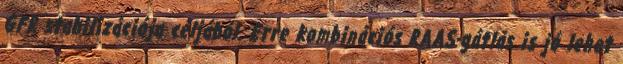
GFR stabilizációja céljából. Erre kombinációs RAAS-gátlás is jó lehet